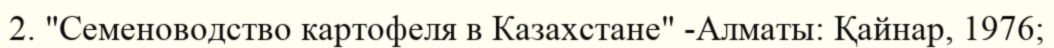
2. "Семеноводство картофеля в Казахстане" -Алматы: Қайнар, 1976;